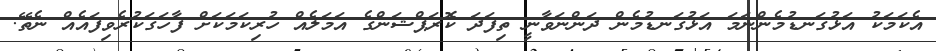
އެކަމަކު އަޅުގަނޑުމެންނަމަ އަޅުގަނޑުމެން ދަންނަވާނީ ތިފަދަ ކޮރަޕްޝަންގެ އަމަލެއް ހުރިކަމަކަށް ފާހަގަކުރެވިފައެއް ނެތޭ.